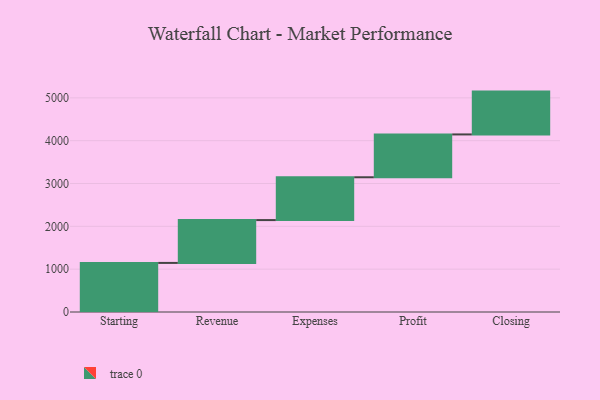
{"axis": {"x": "Step", "y": "Value"}, "legend": [""], "data": [{"x": "Starting", "y": 1146.0, "type": ""}, {"x": "Revenue", "y": 1000, "type": ""}, {"x": "Expenses", "y": 1000, "type": ""}, {"x": "Profit", "y": 1000, "type": ""}, {"x": "Closing", "y": 1000, "type": ""}]}